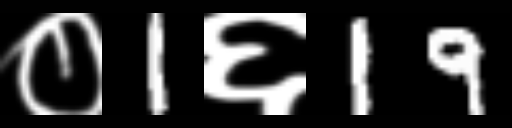
Text: ०1६19